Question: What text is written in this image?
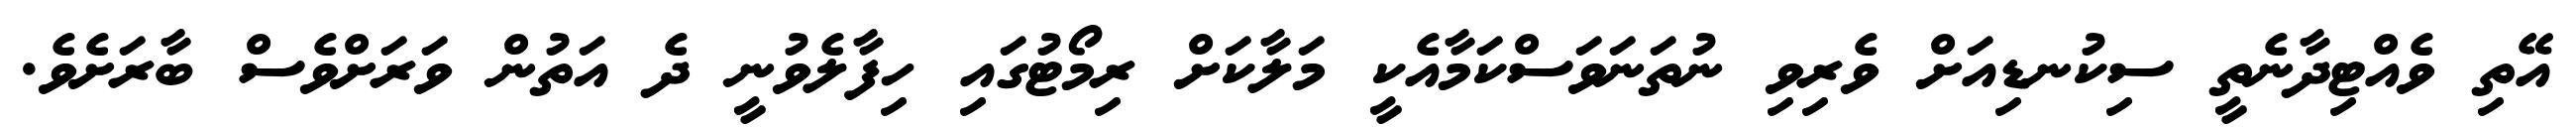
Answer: އޭތި ވެއްޓިދާނެތީ ސިކުނޑިއަށް ވެރިވި ނުތަނަވަސްކަމާއެކީ މަލާކަށް ރިމޯޓުގައި ހިފާލެވުނީ ދެ އަތުން ވަރަށްވެސް ބާރަށެވެ.